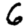
Digit: 6